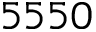
5 5 5 0